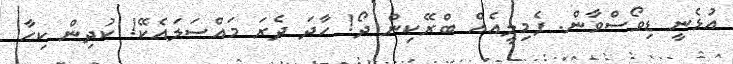
އުޅެނީ ޑިވޯސްވާން. ފެމިލީއެއް ބްރޭކިން ދޯ! ހާދަ ދެރަ މައްސަލައެކޭ! ކުދިން ކިހާ